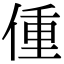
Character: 偅